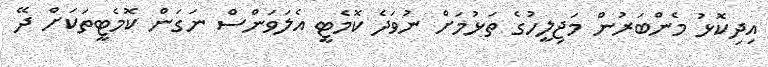
އިދިކޮޅު މެންބަރުން މަޖިލީހުގެ ތަޅުމަށް ނުވަދެ ކޮމެޓީ އެލަވަންސް ނަގަން ކޮމެޓީތަކަށް ދޭ